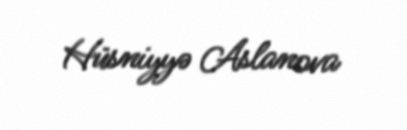
Hüsniyyə Aslanova